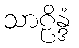
သာဠိန္ဒံ